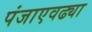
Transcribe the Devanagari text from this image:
पंजाएवढ्या